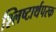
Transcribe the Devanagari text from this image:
श्लिष्टार्थपरक